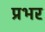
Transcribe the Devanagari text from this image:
प्रभर